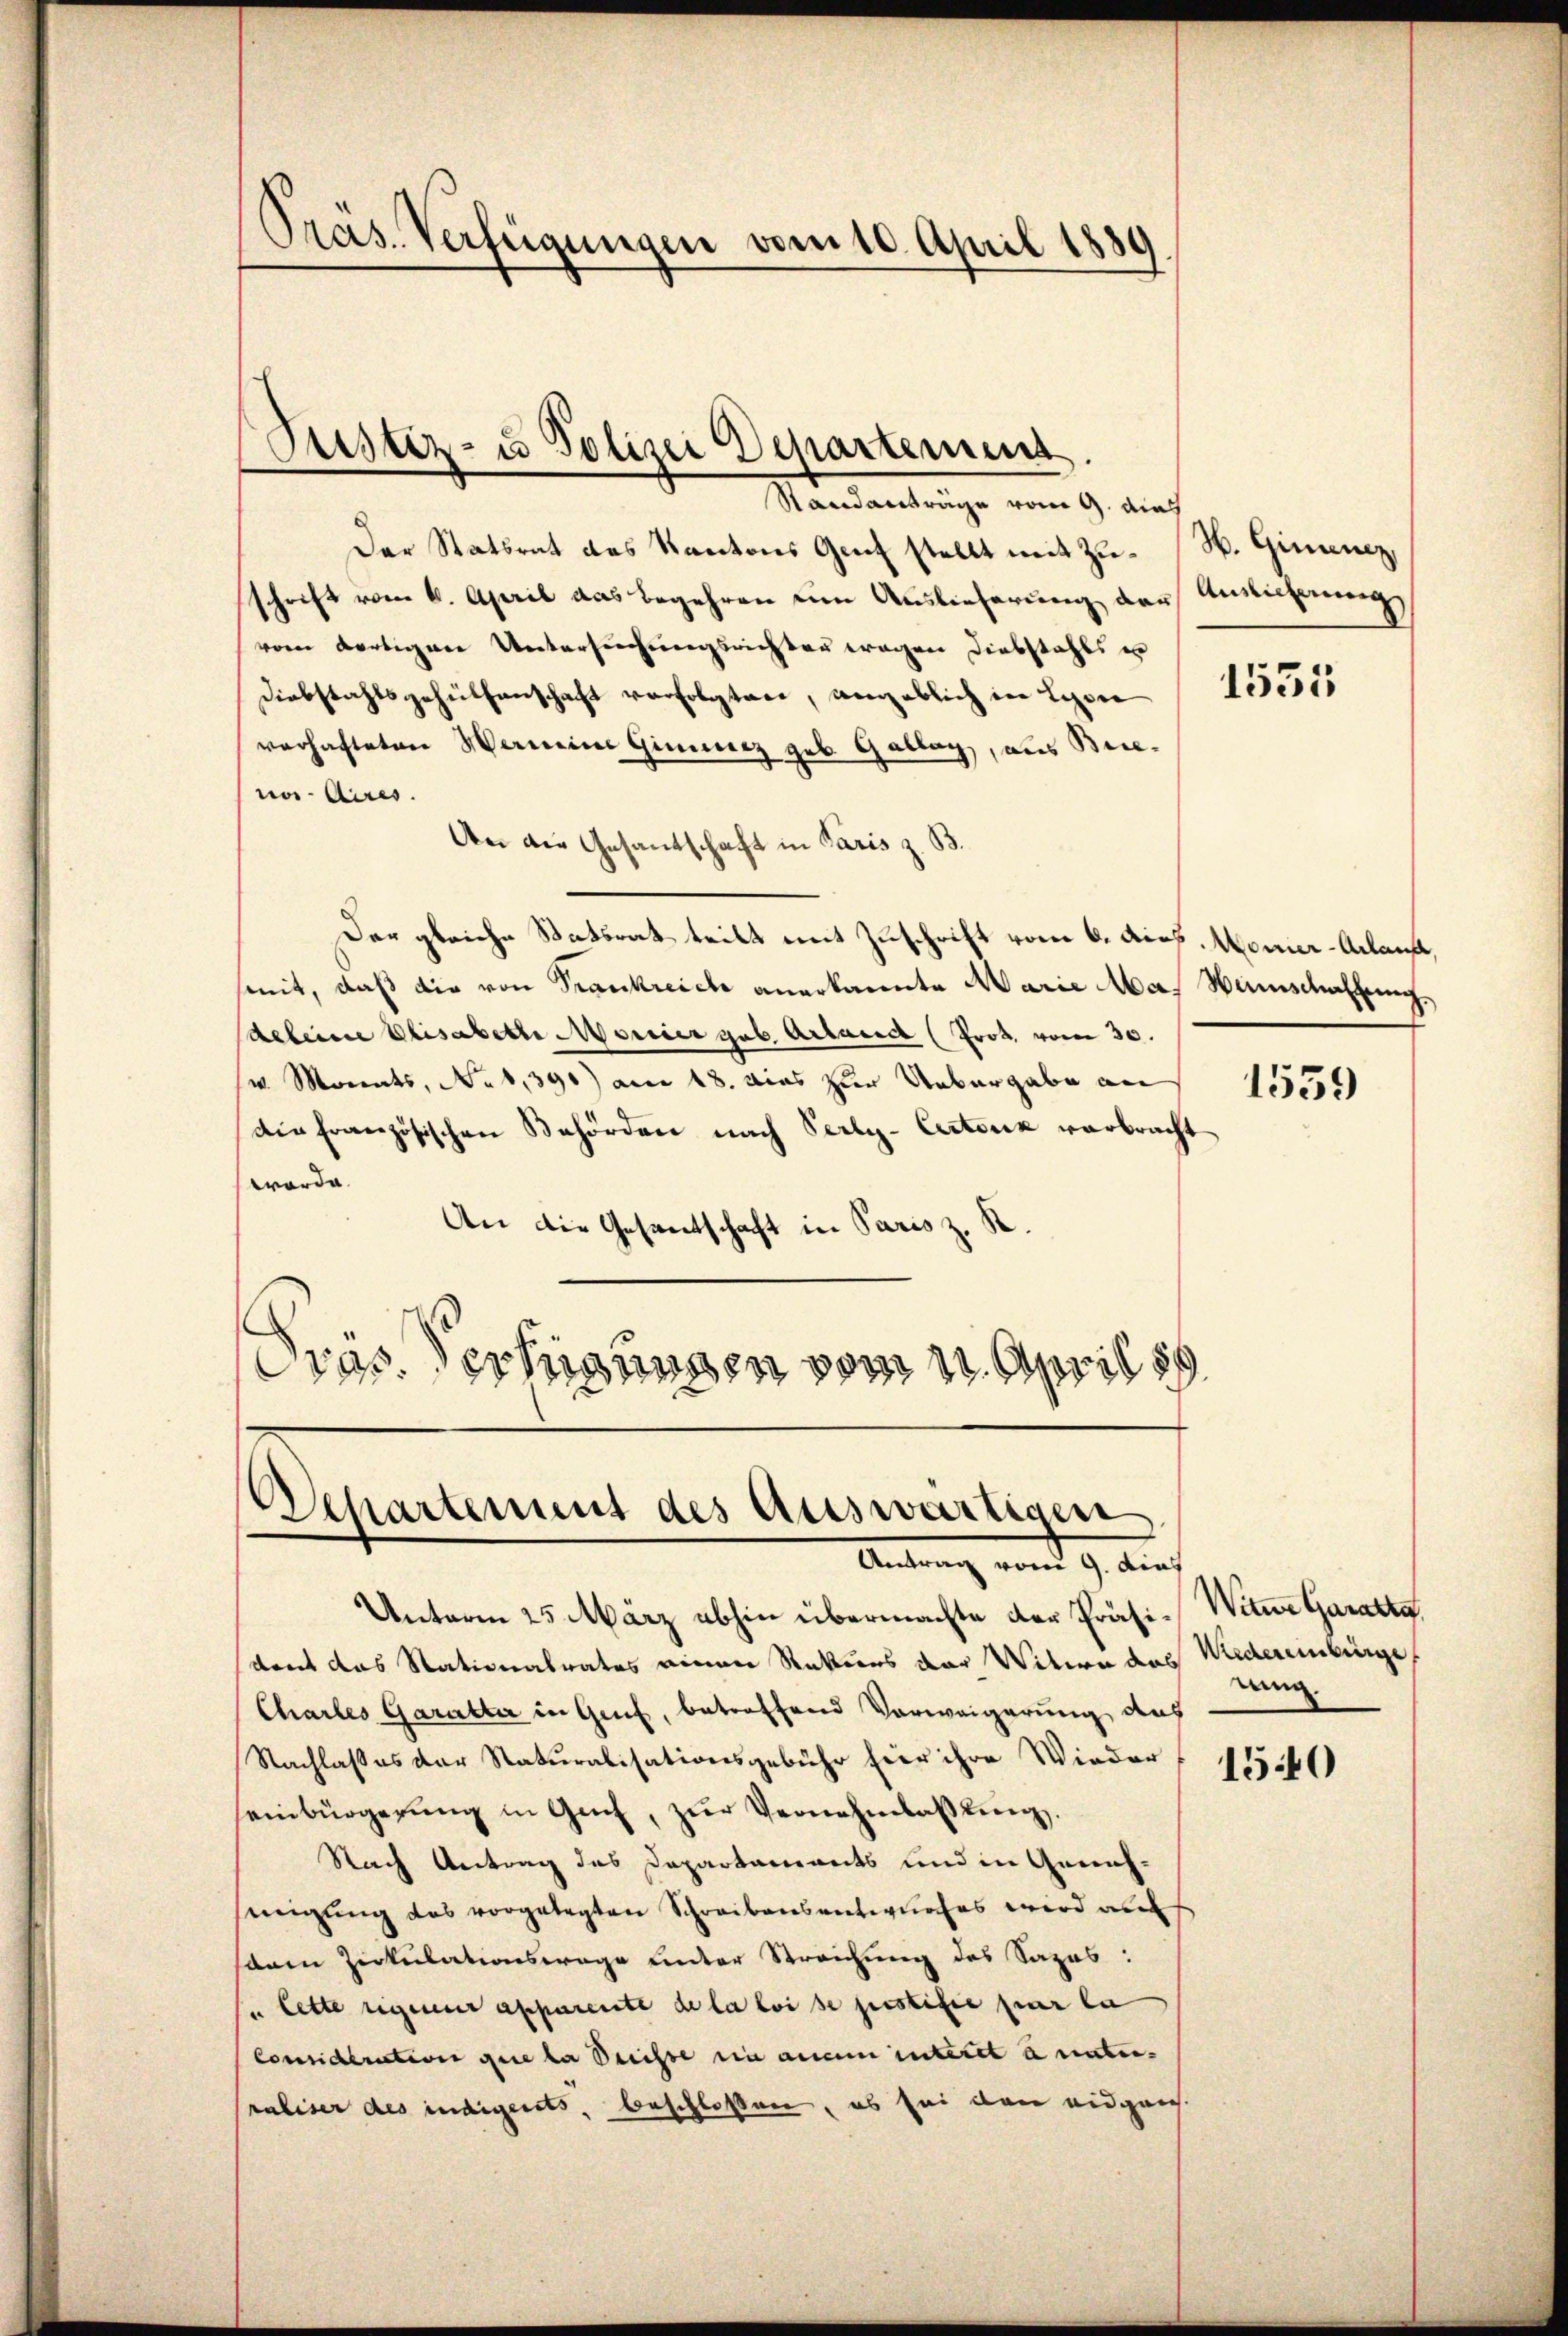
Präs. Verfügungen vom 10. April 1889

Justiz- u Polizei Departement
Standanträge vom 9. dies

Der Statsrat des Kantons Genf stellt mit Zuschrift vom 6. April das begehren eine Auslieferung der Ansichtung
vom dortigen Untersuchungsrichten wegen Diebstahls un
Diebstahlsgehülfenschaft verfolgten, angeblich in Lyon 1555
verhafteten Werneine Gimmerz geb. Gallag, aus Brien Aires.
An die Gesandschaft in Paris z. B.
Der gleiche Statsrat teilt mit Zuschrift vom 6. Aus, Monier-Aelaufe,
smit, daß die von Trankreich anerkannte Marie Mas Wunschaftung,
deleine Elisabette Morcier gub. Artausch (Prot. vom 30.
v Monats, No 1,390) am 18. dies zur Uebergabe an
die französischen Behörden nach Verly-Certonik verbracht
worde.
An die Gesantschaft in Paris z. K.
Präsessungen vom 11. April s

Departement des Auswärtigen
Antrag und 9. auch

Unterm 25. März abhin übermachte der Präsi¬ Witwe Garatta
dont das Stationalrates einen Rekurs der Witwe das Wiedereinbürge
Chartes Garatter in Genf, betreffend Vorweigerung des
Nachlasses der Naturalisationsgebühr hier ihre Wieder
seinbürgerung in Genf, zŭr Vernehmlassung,
Nach Antrag des Departaments und in Genehmigung des vorgelegten Schreibensentwurfes wird au
sonen Zirkulationswage unter Streichung des Sapas:
In lette eigener apparente de la loi se postifie par la
Consideration que la Suisse ein anein interet a natur-
raliser des indigerets, beschlossen, es sei dann eidgen

H. Ginenez

1559

ung.

1540